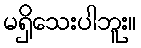
မရှိသေးပါဘူး။